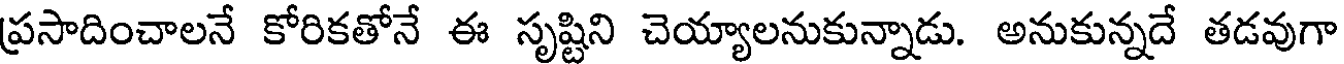
ప్రసాదించాలనే కోరికతోనే ఈ సృష్టిని చెయ్యాలనుకున్నాడు. అనుకున్నదే తడవుగా